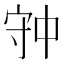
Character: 𡨌